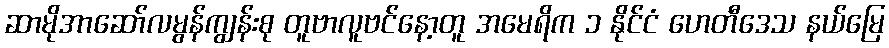
ဆာမိုအာဆော်လမွန်ကျွန်းစု တူဗာလူဗင်နော့တူ အမေရိက ၁ နိုင်ငံ ဟေတီဒေသ နယ်မြေ